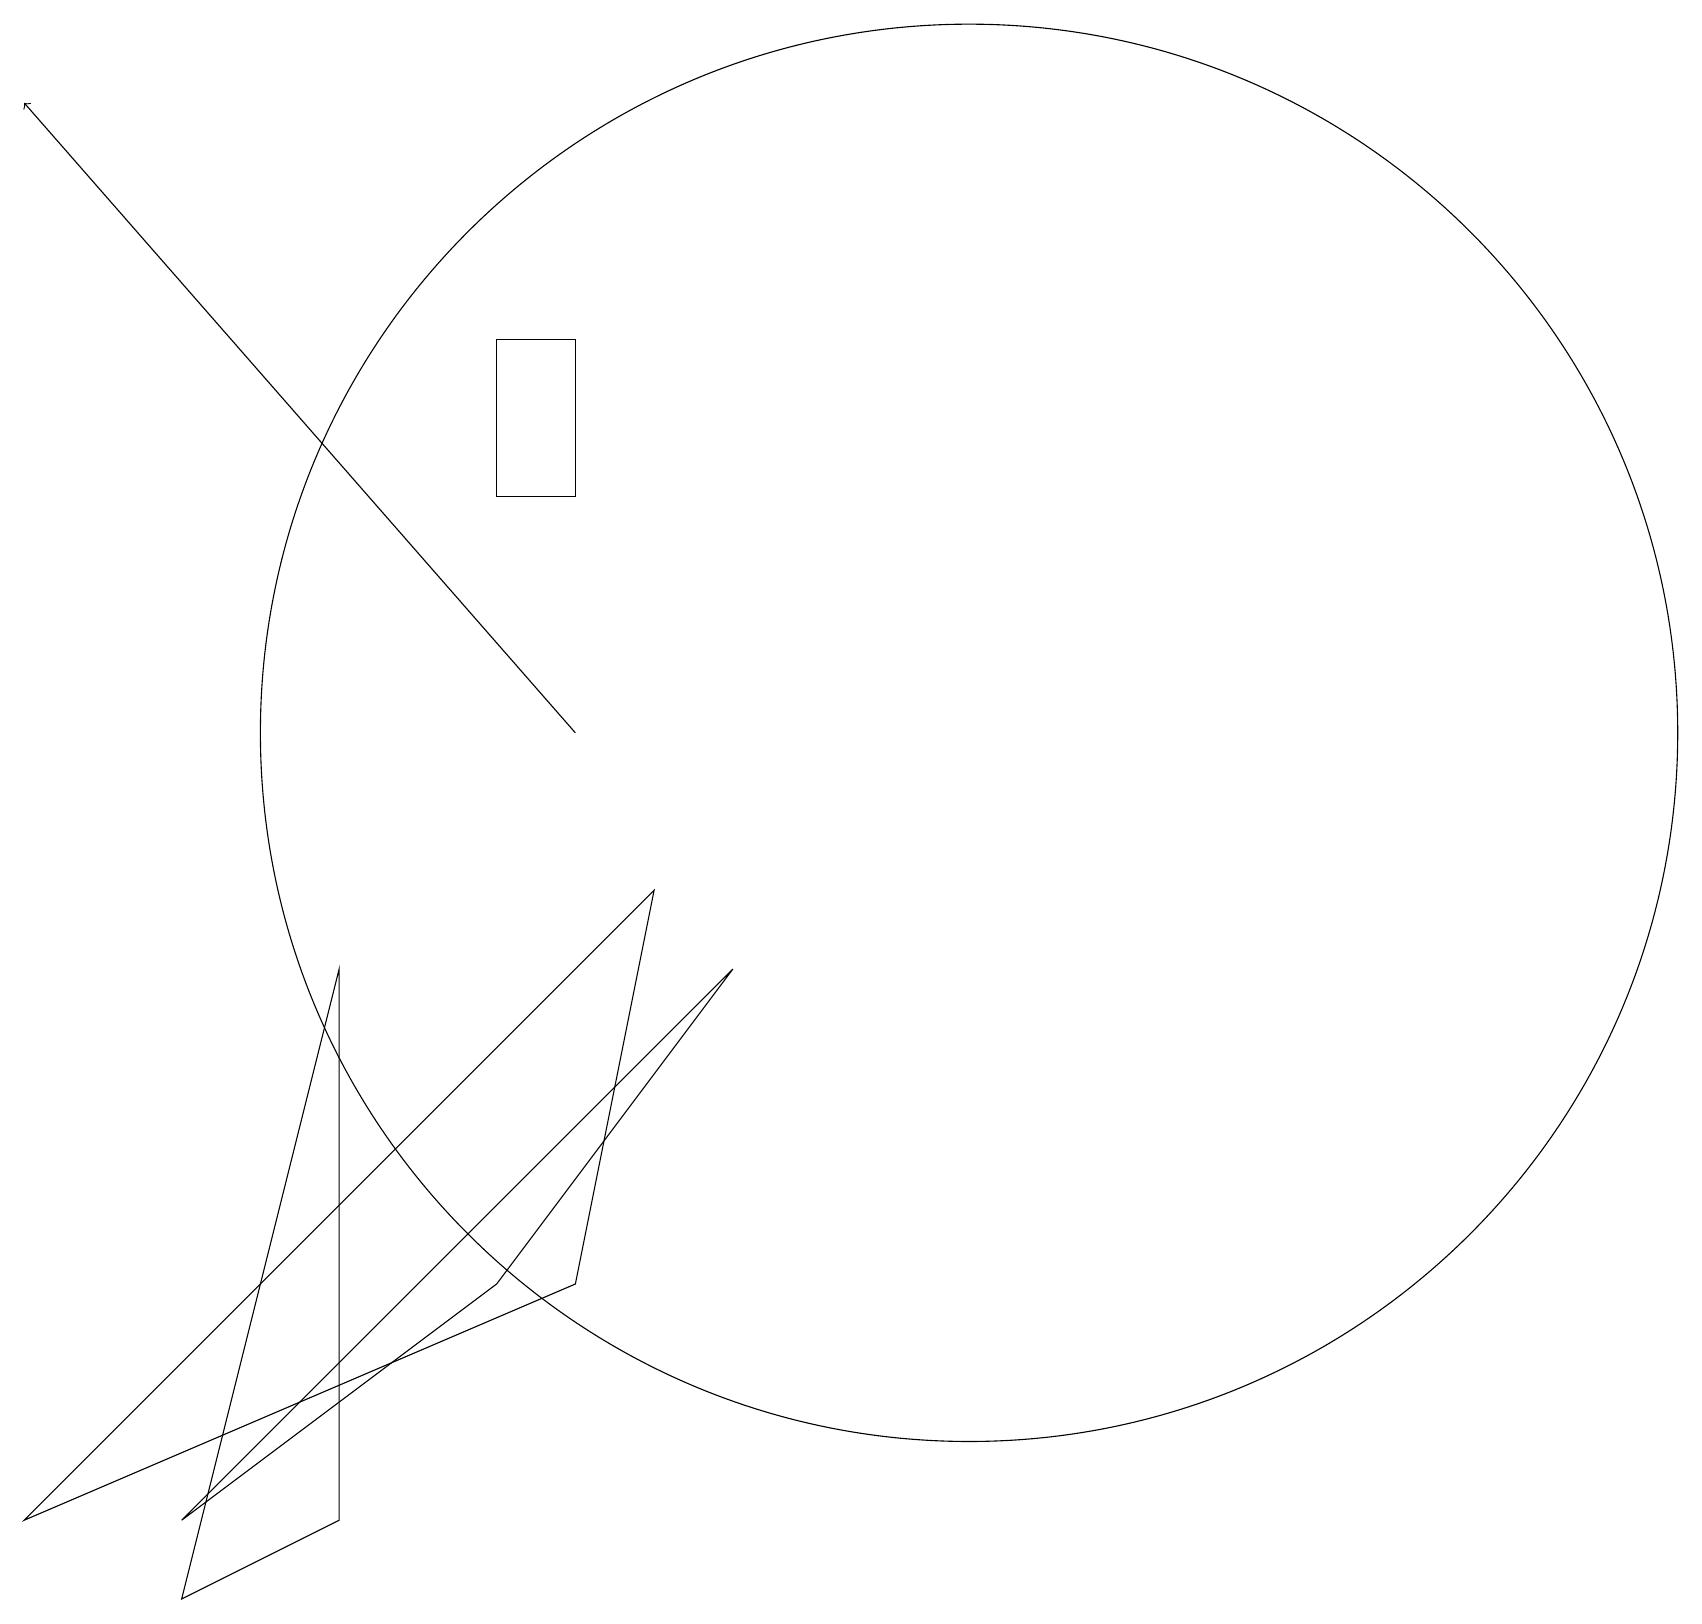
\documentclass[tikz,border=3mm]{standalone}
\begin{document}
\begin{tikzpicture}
\draw (4,8) -- (2,0) -- (4,1) -- cycle;
\draw (6,4) -- (9,8) -- (2,1) -- cycle;
\draw (0,1) -- (7,4) -- (8,9) -- cycle;
\draw[->] (7,11) -- (0,19);
\draw (12,11) circle (9);
\draw (7,14) rectangle (6,16);
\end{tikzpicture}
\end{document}